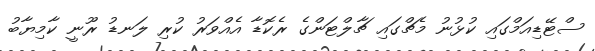
ސްޓޭޑިއަމްގައި ކުޅުނު މެޗްގައި ޗާލްޓަންގެ ރެކޮޑާ އެއްވަރު ކުރި ލަނޑު ރޫނީ ކާމިޔާބު